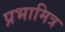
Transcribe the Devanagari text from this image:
प्रभामित्र